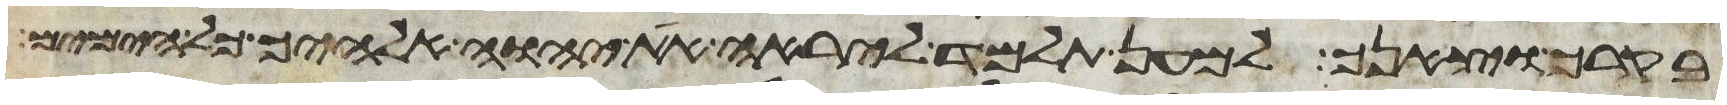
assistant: בקרך וצאנך למען תלמד ליראה את יהוה אלהיך כל הימים